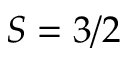
S = 3 / 2